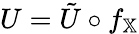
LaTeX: U=\tilde{U}\circ f_{\mathbb{X}}